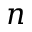
{ \boldsymbol n }